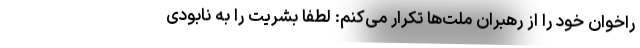
راخوان خود را از رهبران ملت‌ها تکرار می‌کنم: لطفاً بشریت را به نابودی